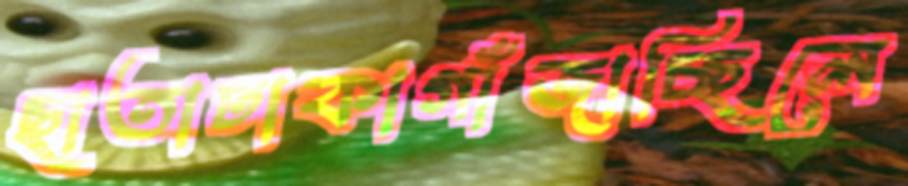
ছাতাঢাকাগাঁজাচ্ছিলে